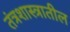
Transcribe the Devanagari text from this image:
तंत्रशास्त्रातील